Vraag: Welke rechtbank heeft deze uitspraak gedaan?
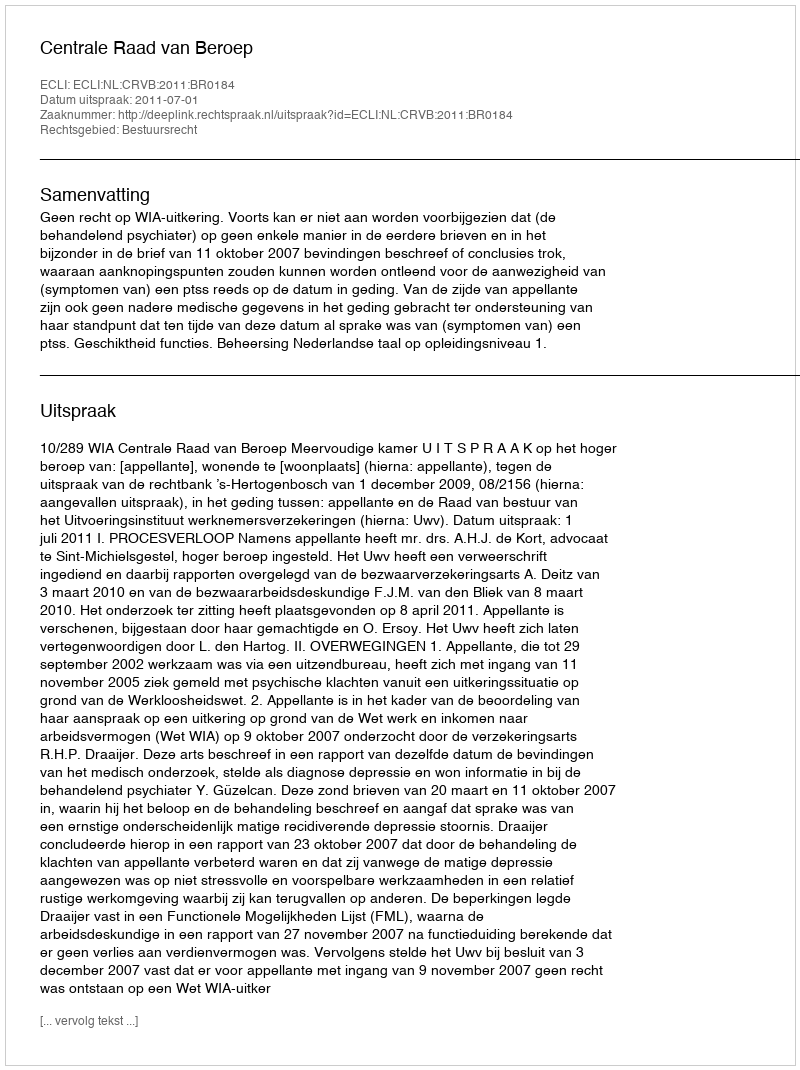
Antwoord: Centrale Raad van Beroep